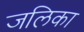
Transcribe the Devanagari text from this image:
जलिका